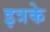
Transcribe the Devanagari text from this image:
इत्रके